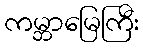
ကမ္ဘာမြေကြီး